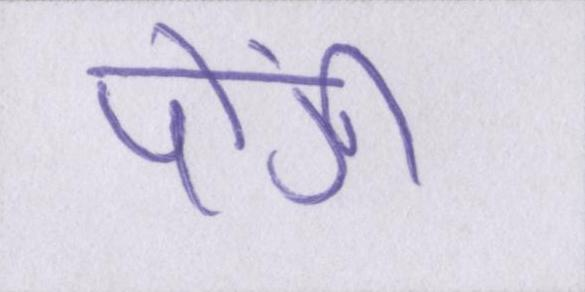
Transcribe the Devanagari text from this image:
पोंगी